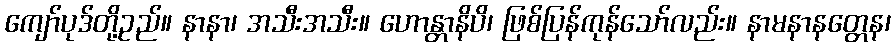
ကျော်ပုဒ်တို့ဥည်။ နာနာ၊ အသီးအသီး။ ဟောန္တာနိပိ၊ ဖြစ်ပြန်ကုန်သော်လည်း။ နာမနာနတ္တေန၊